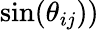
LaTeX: \sin(\theta_{ij}))